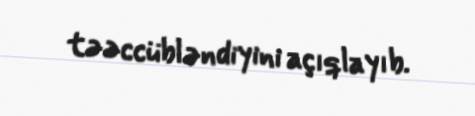
təəccübləndiyini açıqlayıb.